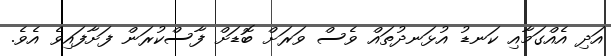
އަދި އެއްގަމާއި ކަނޑު އުޅަނދުތައް ވެސް ވަރަށް ބޮޑަށް ފާސްކުރަން ފަށާފައިވެ އެވެ.